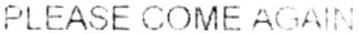
PLEASE COME AGAIN